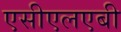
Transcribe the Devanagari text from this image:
एसीएलएबी